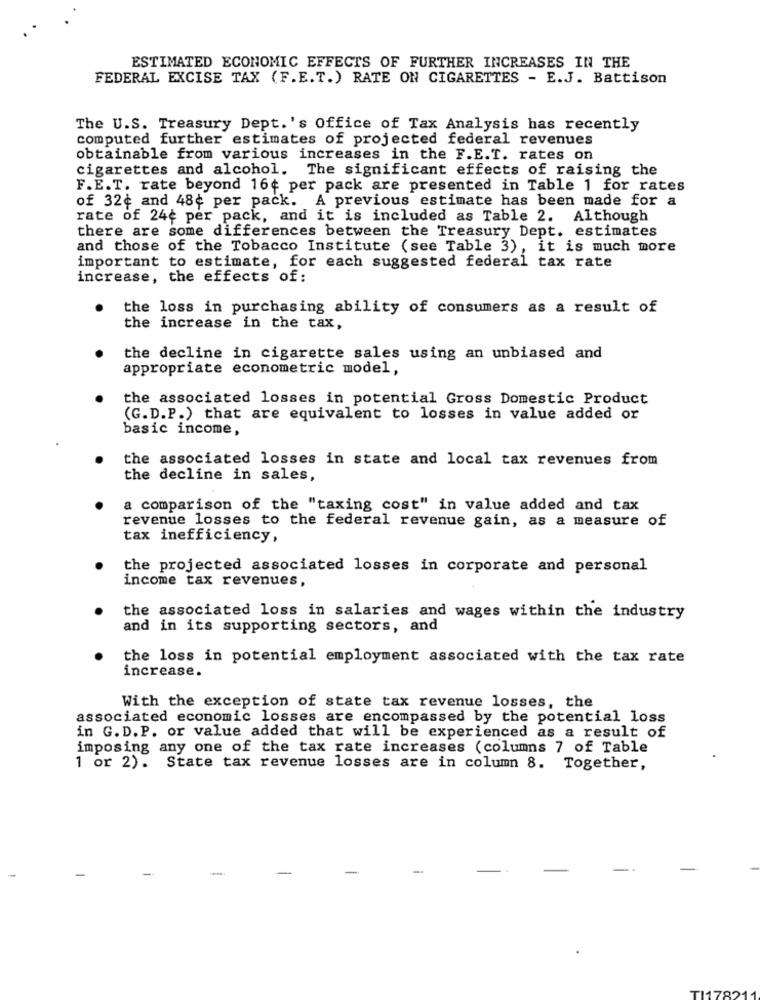
ESTIMATED ECONOMIC EFFECTS OF FURTHER INCREASES IN THE
FEDERAL EXCISE TAX (F.E.T.) RATE ON CIGARETTES - E.J. Battison
The U.S. Treasury Dept. 's Office of Tax Analysis has recently
computed further estimates of projected federal revenues
obtainable from various increases in the F.E.T. rates on
cigarettes and alcohol. The significant effects of raising the
F.E.T. rate beyond 16¢ per pack are presented in Table 1 for rates
of 32¢ and 48¢ per pack. A previous estimate has been made for a
rate of 24e per pack, and it is included as Table 2. Although
there are some differences between the Treasury Dept. estimates
and those of the Tobacco Institute (see Table 3), it is much more
important to estimate, for each suggested federal tax rate
increase, the effects of:
the loss in purchasing ability of consumers as a result of
the increase in the tax,
the decline in cigarette sales using an unbiased and
appropriate econometric model,
the associated losses in potential Gross Domestic Product
(G.D.P.) that are equivalent to losses in value added or
basic income,
the associated losses in state and local tax revenues from
the decline in sales,
a comparison of the "taxing cost" in value added and tax
revenue losses to the federal revenue gain, as a measure of
tax inefficiency,
the projected associated losses in corporate and personal
income tax revenues,
the associated loss in salaries and wages within the industry
and in its supporting sectors, and
the loss in potential employment associated with the tax rate
increase.
With the exception of state tax revenue losses, the
associated economic losses are encompassed by the potential loss
in G. D.P. or value added that will be experienced as a result of
imposing any one of the tax rate increases (columns 7 of Table
1 or 2). State tax revenue losses are in column 8. Together,
-
TI1782